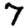
Digit: 7